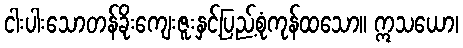
ငါးပါးသောတန်ခိုးကျေးဇူးနှင့်ပြည့်စုံကုန်ထသော။ ဣသယော၊